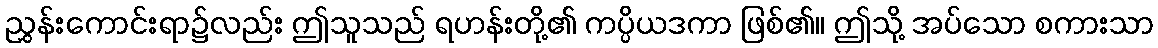
ညွှန်းကောင်းရာ၌လည်း ဤသူသည် ရဟန်းတို့၏ ကပ္ပိယဒကာ ဖြစ်၏။ ဤသို့ အပ်သော စကားသာ